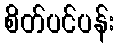
စိတ်ပင်ပန်း